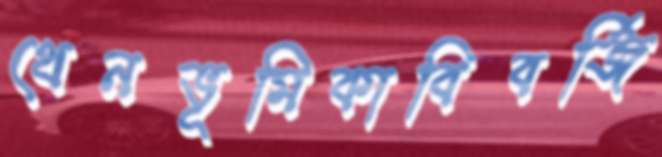
থেনভূমিকাবিবর্জি